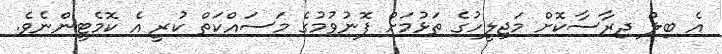
އެ ބިލް ދިރާސާކޮށް މަޖިލީހުގެ ތަޅުމަށް ފޮނުވުމުގެ މަސައްކަތް ކުރީ އެ ކޮމެޓީންނެވެ.